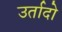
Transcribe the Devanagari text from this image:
उर्तादो